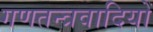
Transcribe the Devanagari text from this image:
गणतन्त्रवादियों